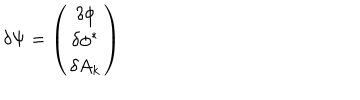
\delta \Psi = \left( \begin{array} { c } { { \delta \phi } } \\ { { \delta \phi ^ { \ast } } } \\ { { \delta A _ { k } } } \\ \end{array} \right)